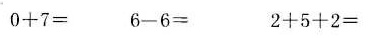
$$0 + 7 =$$ $$6 - 6 =$$ $$2 + 5 + 2 =$$